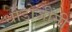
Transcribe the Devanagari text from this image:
धोंडोजींनी